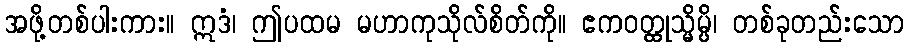
အဖို့တစ်ပါးကား။ ဣဒံ၊ ဤပထမ မဟာကုသိုလ်စိတ်ကို။ ဧကဝတ္ထုသ္မိမ္ပိ၊ တစ်ခုတည်းသော